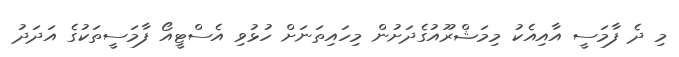
މި ދެ ފާމަސީ އާއިއެކު މިމަޝްރޫއުގެދަށުން މިހައިތަނަށް ހުޅުވި އެސްޓީއޯ ފާމަސީތަކުގެ އަދަދު